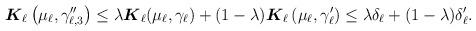
LaTeX: \begin{align*}\begin{aligned}\boldsymbol{K}_\ell\left(\mu_\ell,\gamma^{\prime \prime}_{\ell,3} \right) & \leq \lambda \boldsymbol{K}_\ell( \mu_\ell, \gamma_\ell) + (1-\lambda) \boldsymbol{K}_\ell \left( \mu_\ell,\gamma_\ell^\prime \right) \leq \lambda \delta_\ell + (1- \lambda) \delta_\ell^\prime.\end{aligned}\end{align*}